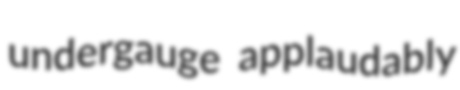
undergauge applaudably